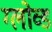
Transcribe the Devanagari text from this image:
ग्लोव्ड